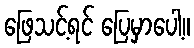
ဖြေသင့်ရင် ပြေမှာပေါ့။